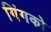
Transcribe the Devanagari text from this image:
गिंगको